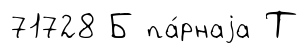
71728 Б па́рнаjа Т